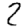
Digit: 2